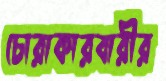
চোরাকারবারীর